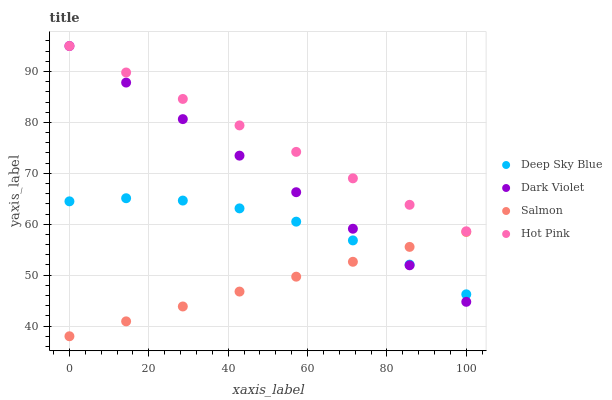
| xaxis_label | Deep Sky Blue | Dark Violet | Salmon | Hot Pink |
 | --- | --- | --- | --- | --- |
 | 0 | 64.5 | 95 | 38 | 95 |
 | 14.3 | 65.1 | 87.8 | 40.9 | 89.8 |
 | 28.6 | 64.6 | 80.6 | 43.8 | 84.6 |
 | 42.9 | 63.1 | 73.5 | 46.8 | 79.4 |
 | 57.1 | 60.5 | 66.3 | 49.7 | 74.2 |
 | 71.4 | 56.8 | 59.1 | 52.6 | 69 |
 | 85.7 | 52.1 | 51.9 | 55.5 | 63.8 |
 | 100 | 46.2 | 44.8 | 58.5 | 58.6 |